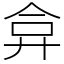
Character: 弇